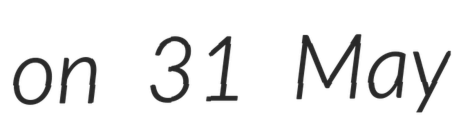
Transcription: on 31 May